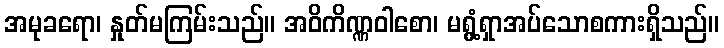
အမုခရော၊ နှုတ်မကြမ်းသည်။ အဝိကိဏ္ဏဝါစော၊ မရွံ့ရှာအပ်သောစကားရှိသည်။